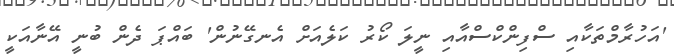
'އަހުރާމްތަކާއި ސްފިންކްސްއާއި ނީލަ ކޯރު ކަލެއަށް އެނގޭނުން' ބައްޕަ ދެން ބުނީ އޭނާއަކީ